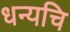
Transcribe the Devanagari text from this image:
धन्यचि